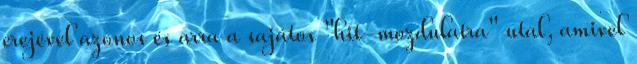
erejével azonos és arra a sajátos "hit-mozdulatra" utal, amivel